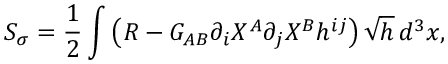
S _ { \sigma } = \frac { 1 } { 2 } \int \left( { \cal R } - G _ { A B } \partial _ { i } X ^ { A } \partial _ { j } X ^ { B } h ^ { i j } \right) \sqrt { h } \, d ^ { 3 } x ,